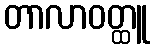
တာလာဝတ္ထူ